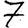
Digit: 7